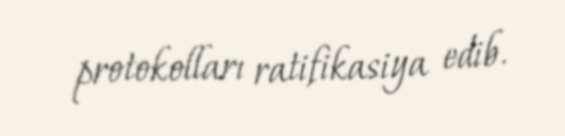
protokolları ratifikasiya edib.